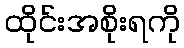
ထိုင်းအစိုးရကို